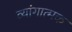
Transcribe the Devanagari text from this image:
व्यांगात्मक